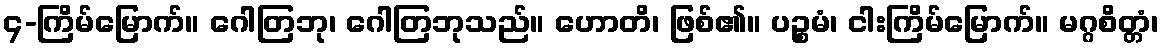
၄-ကြိမ်မြောက်။ ဂေါတြဘု၊ ဂေါတြဘုသည်။ ဟောတိ၊ ဖြစ်၏။ ပဉ္စမံ၊ ငါးကြိမ်မြောက်။ မဂ္ဂစိတ္တံ၊